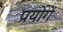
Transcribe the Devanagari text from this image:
प्रयोगें